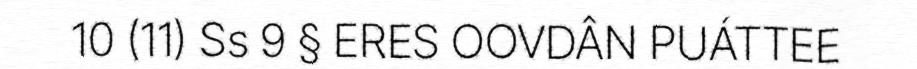
10 (11) Ss 9 § ERES OOVDÂN PUÁTTEE